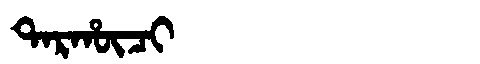
Manchu: ᡨᠠᡵᡥᡡᠴᡳ
Romanization: TARHŪCI